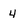
Character: 4